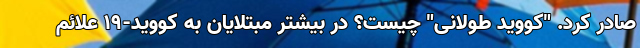
صادر کرد. "کووید طولانی" چیست؟ در بیشتر مبتلایان به کووید-۱۹ علائم